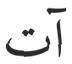
آت